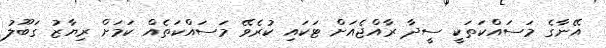
އޭނާގެ މަސައްކަތަކީ ސީދާ ރާއްޖެއަށް ޓަކައި ކުރެވޭ މަސައްކަތެއް ކަމަށް ރިޔާޒު ގަބޫލު